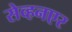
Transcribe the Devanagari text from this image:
सेव्हनएर